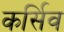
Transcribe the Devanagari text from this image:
कर्सिव